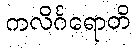
ကလိင်္ဂရောတိ